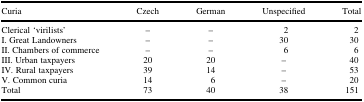
<table><thead><tr><td><b>Curia</b></td><td><b>Czech</b></td><td><b>German</b></td><td><b>Unspecified</b></td><td><b>Total</b></td></tr></thead><tbody><tr><td>Clerical ‘virilists’</td><td>–</td><td>–</td><td>2</td><td>2</td></tr><tr><td>I. Great Landowners</td><td>–</td><td>–</td><td>30</td><td>30</td></tr><tr><td>II. Chambers of commerce</td><td>–</td><td>–</td><td>6</td><td>6</td></tr><tr><td>III. Urban taxpayers</td><td>20</td><td>20</td><td>–</td><td>40</td></tr><tr><td>IV. Rural taxpayers</td><td>39</td><td>14</td><td>–</td><td>53</td></tr><tr><td>V. Common curia</td><td>14</td><td>6</td><td>–</td><td>20</td></tr><tr><td>Total</td><td>73</td><td>40</td><td>38</td><td>151</td></tr></tbody></table>